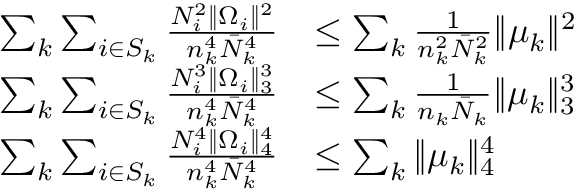
\begin{array} { r l } { \sum _ { k } \sum _ { i \in S _ { k } } \frac { N _ { i } ^ { 2 } \| \Omega _ { i } \| ^ { 2 } } { n _ { k } ^ { 4 } \bar { N } _ { k } ^ { 4 } } } & { \leq \sum _ { k } \frac { 1 } { n _ { k } ^ { 2 } \bar { N } _ { k } ^ { 2 } } \| \mu _ { k } \| ^ { 2 } } \\ { \sum _ { k } \sum _ { i \in S _ { k } } \frac { N _ { i } ^ { 3 } \| \Omega _ { i } \| _ { 3 } ^ { 3 } } { n _ { k } ^ { 4 } \bar { N } _ { k } ^ { 4 } } } & { \leq \sum _ { k } \frac { 1 } { n _ { k } \bar { N } _ { k } } \| \mu _ { k } \| _ { 3 } ^ { 3 } } \\ { \sum _ { k } \sum _ { i \in S _ { k } } \frac { N _ { i } ^ { 4 } \| \Omega _ { i } \| _ { 4 } ^ { 4 } } { n _ { k } ^ { 4 } \bar { N } _ { k } ^ { 4 } } } & { \leq \sum _ { k } \| \mu _ { k } \| _ { 4 } ^ { 4 } } \end{array}